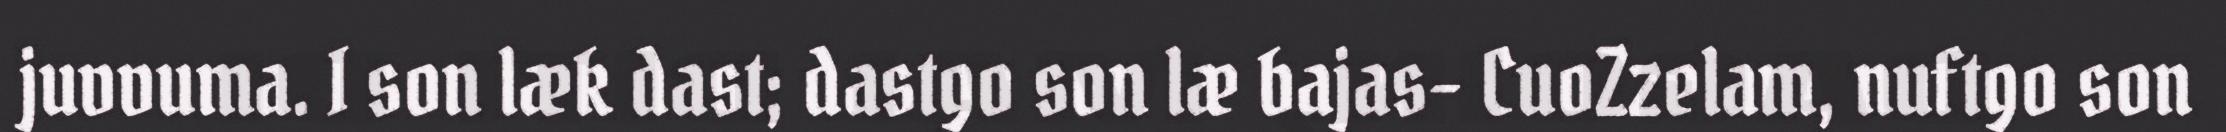
juvvuma. I son læk dast; dastgo son læ bajas- CuoZzelam, nuftgo son